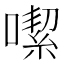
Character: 噄